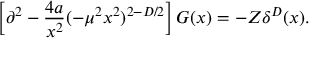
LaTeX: \left[ \partial ^ { 2 } - \frac { 4 a } { x ^ { 2 } } ( - \mu ^ { 2 } x ^ { 2 } ) ^ { 2 - D / 2 } \right] G ( x ) = - Z \delta ^ { D } ( x ) .